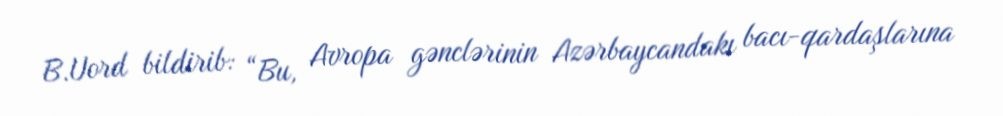
B.Uord bildirib: “Bu, Avropa gənclərinin Azərbaycandakı bacı-qardaşlarına